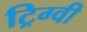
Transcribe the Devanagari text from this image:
ट्रिग्वी